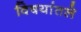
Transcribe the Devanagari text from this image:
विषयांतले